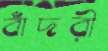
বাঁদরী